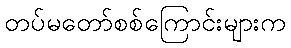
တပ်မတော်စစ်ကြောင်းများက